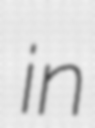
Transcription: in